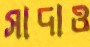
সাদাও